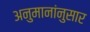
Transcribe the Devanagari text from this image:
अनुमानांनुसार